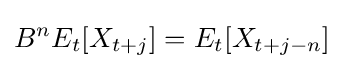
B^{n}E_{t}[X_{t+j}]=E_{t}[X_{t+j-n}]